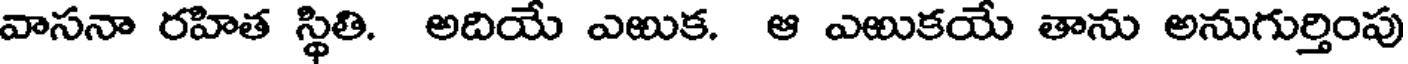
వాసనా రహిత స్థితి. అదియే ఎఱుక. ఆ ఎఱుకయే తాను అనుగుర్తింపు